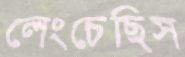
লেংচেছিস